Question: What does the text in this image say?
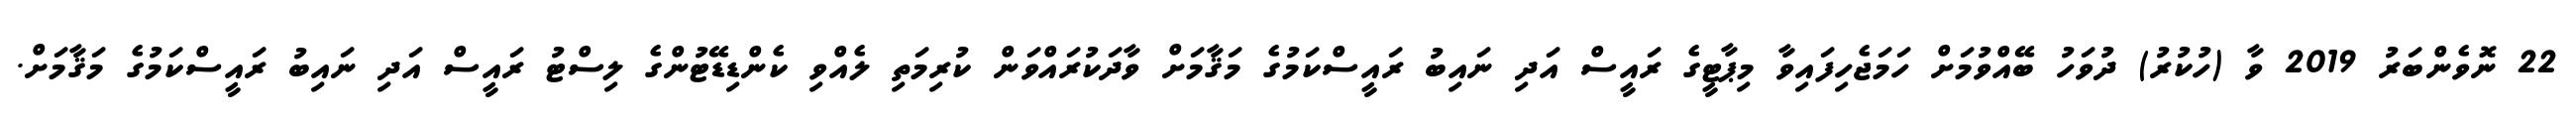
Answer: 22 ނޮވެންބަރު 2019 ވާ (ހުކުރު) ދުވަހު ބޭއްވުމަށް ހަމަޖެހިފައިވާ މިޕާޓީގެ ރައީސް އަދި ނައިބު ރައީސްކަމުގެ މަޤާމަށް ވާދަކުރައްވަން ކުރިމަތި ލެއްވި ކެންޑިޑޭޓުންގެ ލިސްޓު ރައީސް އަދި ނައިބު ރައީސްކަމުގެ މަޤާމަށް.